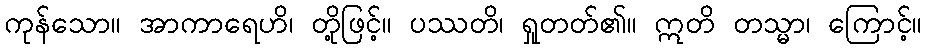
ကုန်သော။ အာကာရေဟိ၊ တို့ဖြင့်။ ပဿတိ၊ ရှုတတ်၏။ ဣတိ တသ္မာ၊ ကြောင့်။